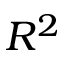
R ^ { 2 }